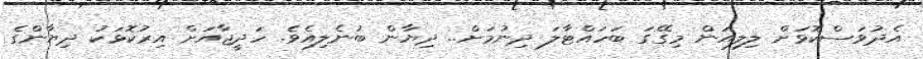
އެދުވަސްކޮޅަށް ލިލިއަން މިގޭގަ ބަހައްޓާލަ ދިނުމަށް.. ދިޔާން ބުނެލިއެވެ. ހަދީޖާއަށް އިރުކޮޅަކު ދިޔާންގެ